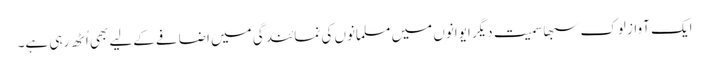
ایک آواز لوک سبھا سمیت دیگر ایوانوں میں مسلمانوں کی نمائندگی میں اضافے کےلیے بھی اُٹھ رہی ہے۔